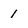
Character: 1